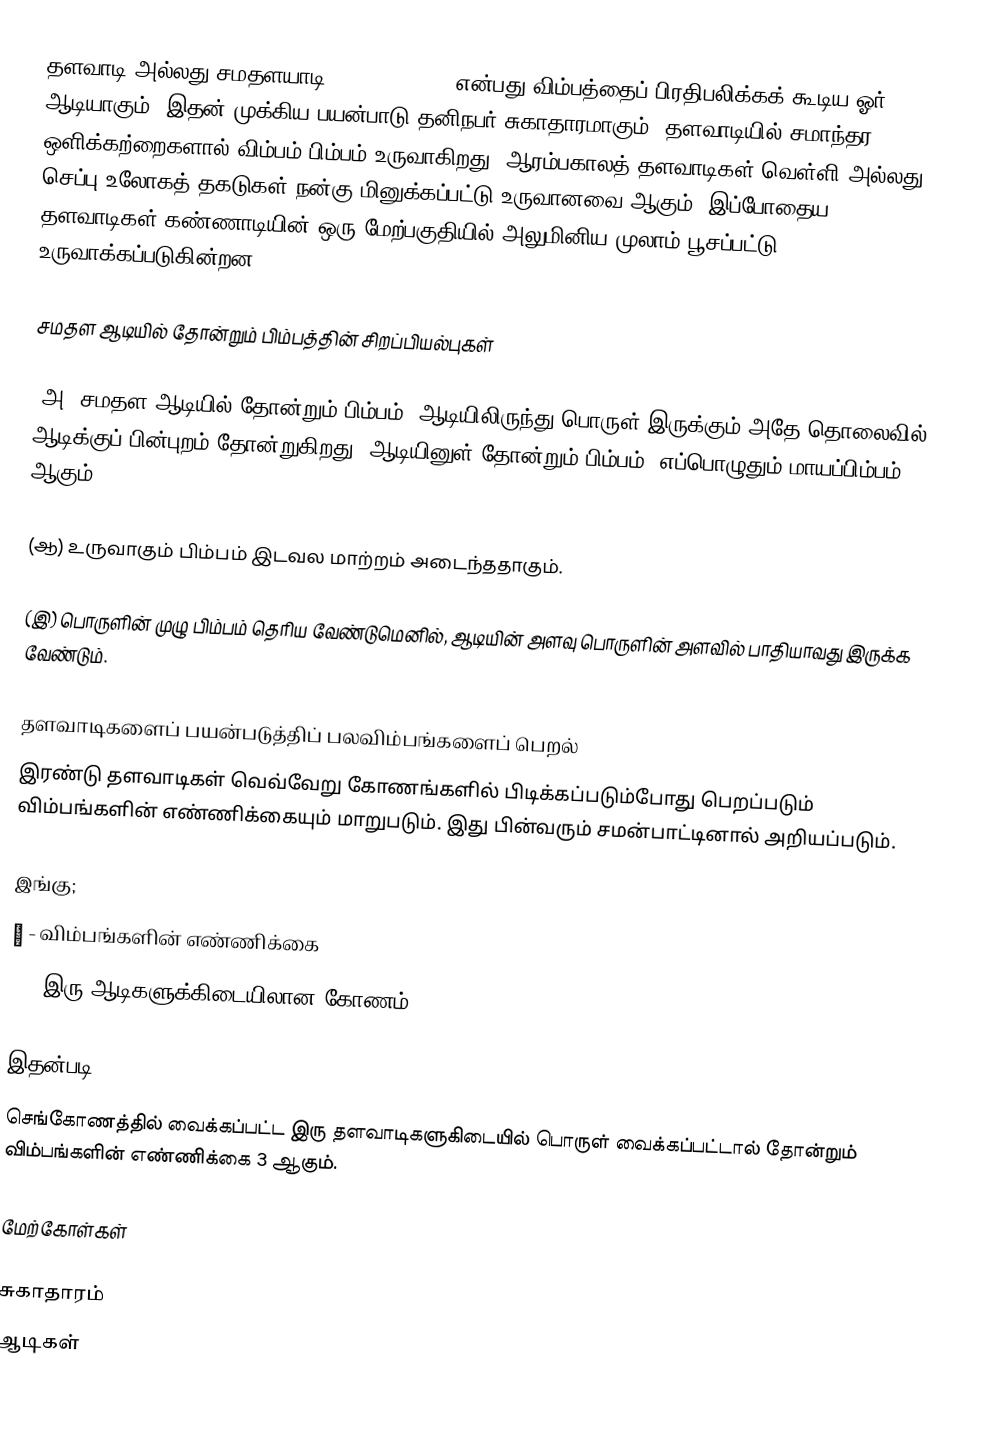
தளவாடி அல்லது சமதளயாடி (Plane Mirror) என்பது விம்பத்தைப் பிரதிபலிக்கக் கூடிய ஓர் ஆடியாகும். இதன் முக்கிய பயன்பாடு தனிநபர் சுகாதாரமாகும். தளவாடியில் சமாந்தர ஒளிக்கற்றைகளால் விம்பம்/பிம்பம் உருவாகிறது. ஆரம்பகாலத் தளவாடிகள் வெள்ளி அல்லது செப்பு உலோகத் தகடுகள் நன்கு மினுக்கப்பட்டு உருவானவை ஆகும். இப்போதைய தளவாடிகள் கண்ணாடியின் ஒரு மேற்பகுதியில் அலுமினிய முலாம் பூசப்பட்டு உருவாக்கப்படுகின்றன.

சமதள ஆடியில் தோன்றும் பிம்பத்தின் சிறப்பியல்புகள்

(அ) சமதள ஆடியில் தோன்றும் பிம்பம், ஆடியிலிருந்து பொருள் இருக்கும் அதே தொலைவில் ஆடிக்குப் பின்புறம் தோன்றுகிறது. ஆடியினுள் தோன்றும் பிம்பம், எப்பொழுதும் மாயப்பிம்பம் ஆகும்.

(ஆ) உருவாகும் பிம்பம் இடவல மாற்றம் அடைந்ததாகும்.

(இ) பொருளின் முழு பிம்பம் தெரிய வேண்டுமெனில், ஆடியின் அளவு பொருளின் அளவில் பாதியாவது இருக்க வேண்டும்.

தளவாடிகளைப் பயன்படுத்திப் பலவிம்பங்களைப் பெறல்
இரண்டு தளவாடிகள் வெவ்வேறு கோணங்களில் பிடிக்கப்படும்போது பெறப்படும் விம்பங்களின் எண்ணிக்கையும் மாறுபடும். இது பின்வரும் சமன்பாட்டினால் அறியப்படும்.

இங்கு;
Φ - விம்பங்களின் எண்ணிக்கை
w - இரு ஆடிகளுக்கிடையிலான கோணம்.

இதன்படி:
செங்கோணத்தில் வைக்கப்பட்ட இரு தளவாடிகளுகிடையில் பொருள் வைக்கப்பட்டால் தோன்றும் விம்பங்களின் எண்ணிக்கை 3 ஆகும்.

மேற்கோள்கள்

சுகாதாரம்
ஆடிகள்